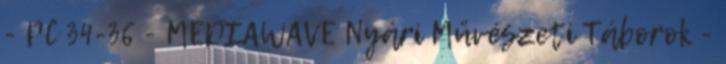
- PC 34-36 - MEDIAWAVE Nyári Művészeti Táborok -